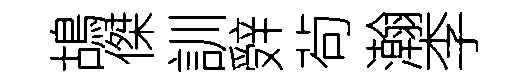
鴣傑訓辤茍瀚李